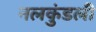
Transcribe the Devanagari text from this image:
नलकुंडली